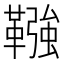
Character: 𩌾